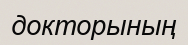
докторының